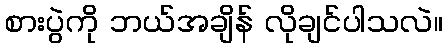
စားပွဲကို ဘယ်အချိန် လိုချင်ပါသလဲ။